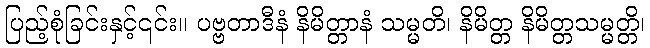
ပြည့်စုံခြင်းနှင့်၎င်း။ ပဗ္ဗတာဒီနံ နိမိတ္တာနံ သမ္မတိ၊ နိမိတ္တ နိမိတ္တသမ္မတ္တိ၊